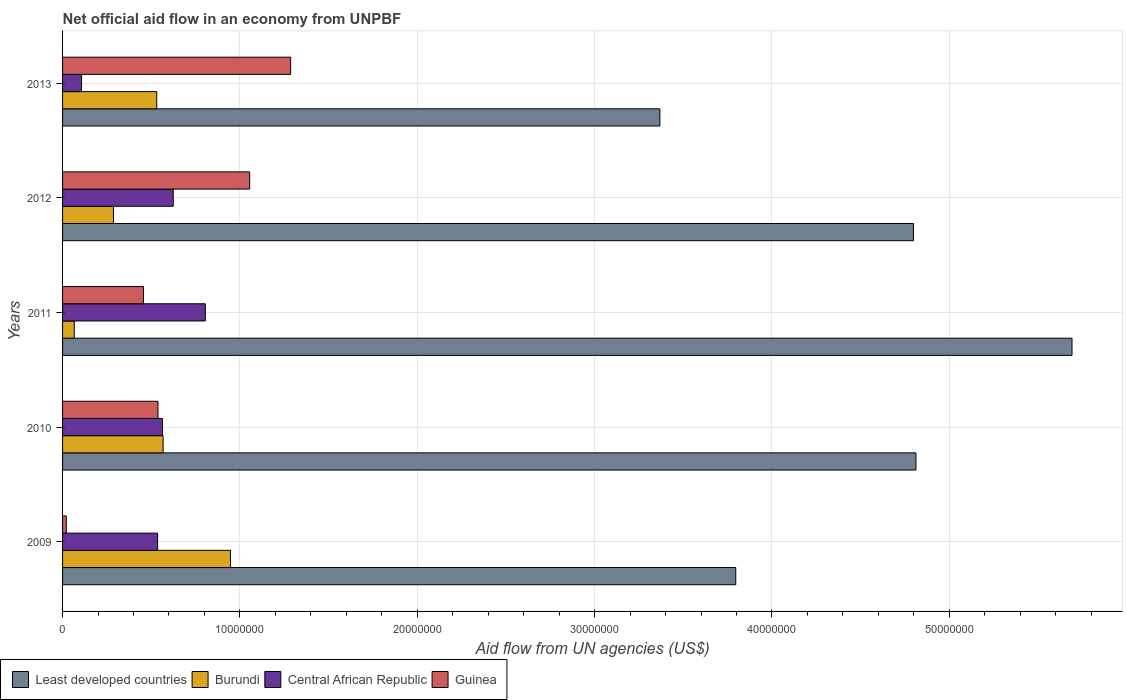
| Years | Least developed countries | Burundi | Central African Republic | Guinea |
 | --- | --- | --- | --- | --- |
 | 2009 | 3.8e+07 | 9.47e+06 | 5.36e+06 | 2.1e+05 |
 | 2010 | 4.81e+07 | 5.67e+06 | 5.63e+06 | 5.38e+06 |
 | 2011 | 5.69e+07 | 6.6e+05 | 8.05e+06 | 4.56e+06 |
 | 2012 | 4.8e+07 | 2.87e+06 | 6.24e+06 | 1.06e+07 |
 | 2013 | 3.37e+07 | 5.31e+06 | 1.07e+06 | 1.29e+07 |